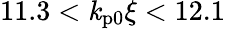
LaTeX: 11.3<\mathit{k}_{\mathrm{{p0}}}\xi<12.1